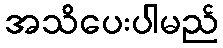
အသိပေးပါမည်